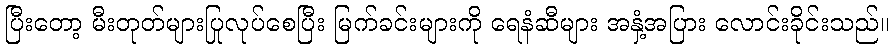
ပြီးတော့ မီးတုတ်များပြုလုပ်စေပြီး မြက်ခင်းများကို ရေနံဆီများ အနှံ့အပြား လောင်းခိုင်းသည်။